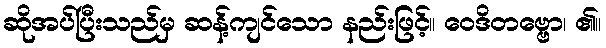
ဆိုအပ်ပြီးသည်မှ ဆန့်ကျင်သော နည်းဖြင့်။ ဝေဒိတဗ္ဗော၊ ၏။